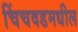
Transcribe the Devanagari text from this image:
चिंचवडमधील